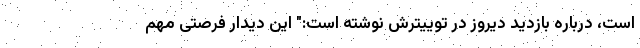
است، درباره بازدید دیروز در توییترش نوشته است:" این دیدار فرصتی مهم